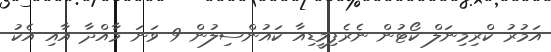
އަމުރު ކްރިމިނަލް ކޯޓުން ނެރެފިމީޑިއާ ކައުންސިލުން 9 ވަނަ މާއްދާ އާއި އެކު